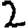
Digit: 2